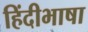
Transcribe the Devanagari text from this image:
हिंदीभाषा